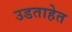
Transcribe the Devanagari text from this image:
उडताहेत